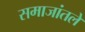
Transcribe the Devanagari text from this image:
समाजांतले